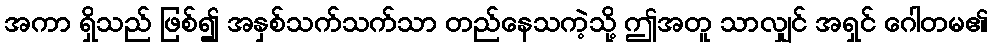
အကာ ရှိသည် ဖြစ်၍ အနှစ်သက်သက်သာ တည်နေသကဲ့သို့ ဤအတူ သာလျှင် အရှင် ဂေါတမ၏